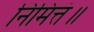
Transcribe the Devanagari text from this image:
निमित्तं॥